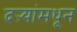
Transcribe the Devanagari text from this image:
दऱ्यांमधून